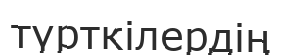
түрткілердің